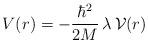
LaTeX: \begin{align*}V ( r ) = - \frac{\hbar^{2}}{2M}\, \lambda \,{\mathcal V} (r)\; \end{align*}